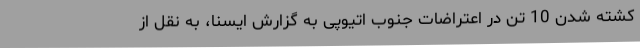
کشته شدن 10 تن در اعتراضات جنوب اتیوپی به گزارش ایسنا، به نقل از